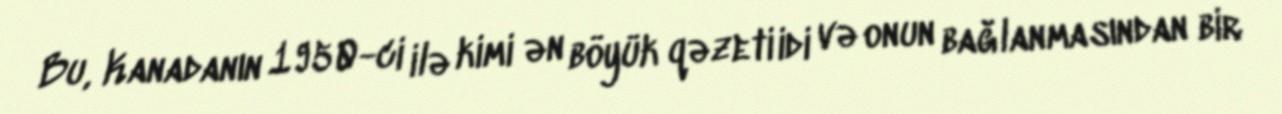
Bu, Kanadanın 1950-ci ilə kimi ən böyük qəzeti idi və onun bağlanmasından bir